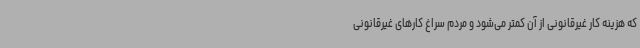
که هزینه کار غیرقانونی از آن کمتر می‌شود و مردم سراغ کارهای غیرقانونی